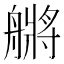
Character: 䒂